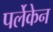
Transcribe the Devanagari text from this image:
पर्लेकेन